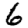
Digit: 6